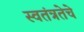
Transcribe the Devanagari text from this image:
स्वतंत्रतेचे